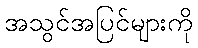
အသွင်အပြင်များကို